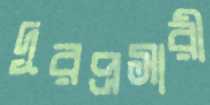
দূরপ্রসারী